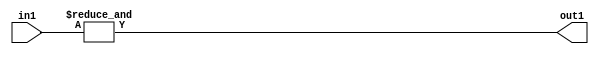
`timescale 1ps / 1ps
/*****************************************************************************
    Verilog RTL Description
    
    
    Created by: Stratus DpOpt 2019.1.01 
*******************************************************************************/

module st_weight_addr_gen_AndReduction_2S_1U_4_7 (
	in1,
	out1
	); /* architecture "behavioural" */ 
input [1:0] in1;
output  out1;
wire  asc001;

assign asc001 = 
	(&in1);

assign out1 = asc001;
endmodule

/* CADENCE  urfwTQk= : u9/ySgnWtBlWxVPRXgAZ4Og= ** DO NOT EDIT THIS LINE ******/